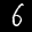
Label: 6